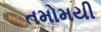
તમોમયી